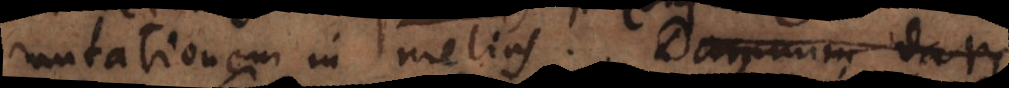
utationem in melius. Damnum dare